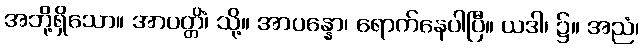
အဘို့ရှိသော။ အာပတ္တိံ၊ သို့။ အာပန္နော၊ ရောက်နေပါပြီ။ ယဒါ၊ ၌။ အညံ၊